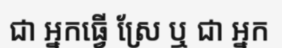
ជា អ្នកធ្វើ ស្រែ ឬ ជា អ្នក